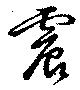
震